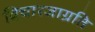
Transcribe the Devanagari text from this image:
विचारजाग्रति